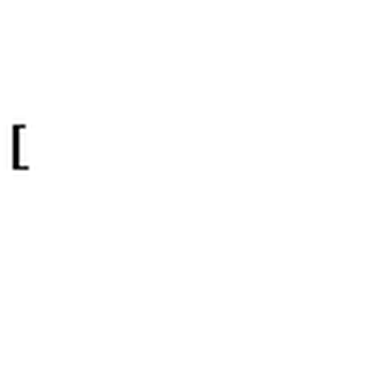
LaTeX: { \lfloor { } \! \! \! \lceil }